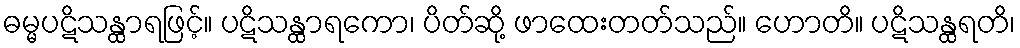
ဓမ္မပဋိသန္ထာရဖြင့်။ ပဋိသန္ထာရကော၊ ပိတ်ဆို့ ဖာထေးတတ်သည်။ ဟောတိ။ ပဋိသန္ထရတိ၊